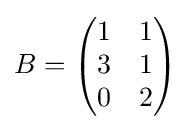
B={\begin{pmatrix}1&1\\3&1\\0&2\end{pmatrix}}